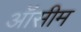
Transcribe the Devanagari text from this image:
ऑसीम